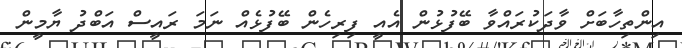
އިންތިހާބަށް ވާދަކުރައްވާ ބޭފުޅުން އެއީ ފިރިހެން ބޭފުޅެއް ނަމަ ރައީސް އަބްދު ޔާމީން